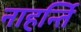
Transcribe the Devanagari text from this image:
नाहर्न्ति